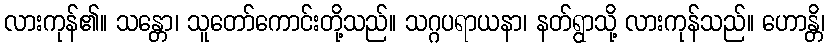
လားကုန်၏။ သန္တော၊ သူတော်ကောင်းတို့သည်။ သဂ္ဂပရာယနာ၊ နတ်ရွာသို့ လားကုန်သည်။ ဟောန္တိ၊